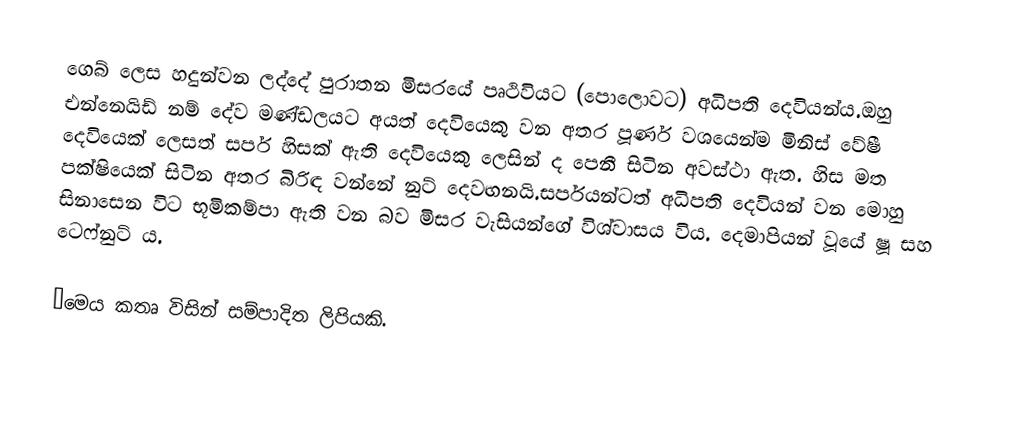
ගෙබ් ලෙස හදුන්වන ලද්දේ පුරාතන මිසරයේ පෘථිවියට (පොලොවට) අධිපති දෙවියන්ය.ඔහු එන්නෙයිඩ් නම් දේව මණ්ඩලයට අයත් දෙවියෙකු වන අතර පූර්ණ වශයෙන්ම මිනිස් වේෂී දෙවියෙක් ලෙසත් සර්ප හිසක් ඇති දෙවියෙකු ලෙසින් ද පෙනී සිටින අවස්ථා ඇත. හිස මත පක්ෂියෙක් සිටින අතර බිරිඳ වන්නේ නුට් දෙවඟනයි.සර්පයන්ටත් අධිපති දෙවියන් වන මොහු සිනාසෙන විට භූමිකම්පා ඇති වන බව මිසර වැසියන්ගේ විශ්වාසය විය. දෙමාපියන් වූයේ ෂූ සහ ටෙෆ්නුට් ය.

●මෙය කතෘ විසින් සම්පාදිත ලිපියකි.